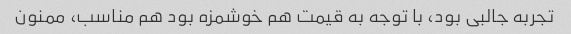
تجربه جالبی بود، با توجه به قیمت هم خوشمزه بود هم مناسب، ممنون